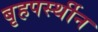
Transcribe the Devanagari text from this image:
बृहपर्स्थीन